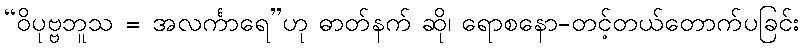
“ဝိပုဗ္ဗဘူသ = အလင်္ကာရေ”ဟု ဓာတ်နက် ဆို၊ ရောစနော-တင့်တယ်တောက်ပခြင်း